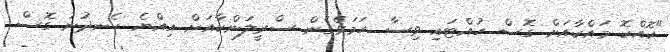
"ކޮއްކޮ މައްކާއަށް ގޮސް ހުއްޓައި ވިސާ ހަމަވެގެން ސްރީލަންކާއަށް އިއްޔެ ހެނދުނު ގޮސް